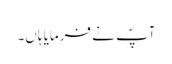
آپؐ نے فرمایا ہاں۔